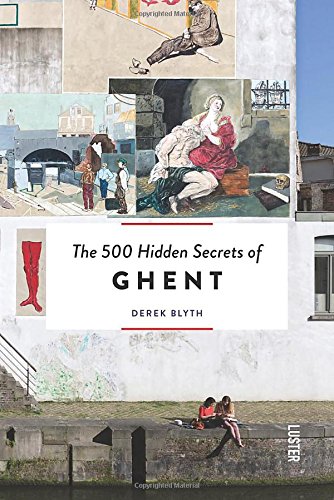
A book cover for The 500 Hidden Secrets of Ghent; Derek Blythe; Travel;